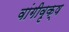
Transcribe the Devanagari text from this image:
वांगीवृक्ष